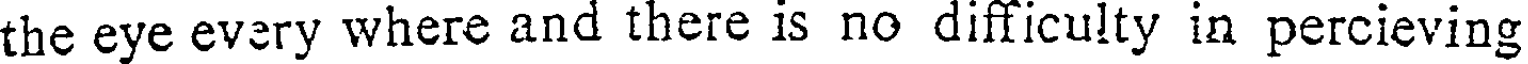
the eye every where and there is no difficulty in percieving